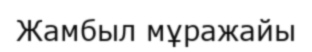
Жамбыл мұражайы